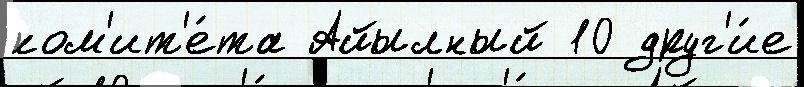
ком'ит'е́та Айылный 10 друг'и́е